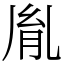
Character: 胤